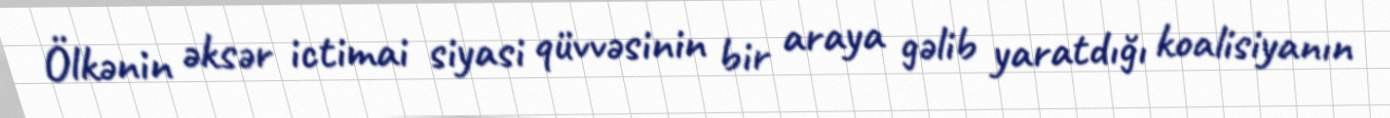
Ölkənin əksər ictimai siyasi qüvvəsinin bir araya gəlib yaratdığı koalisiyanın